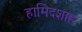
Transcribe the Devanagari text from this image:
हामिदशाह